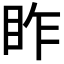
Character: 𥅁